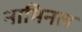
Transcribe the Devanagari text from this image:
नामिनल